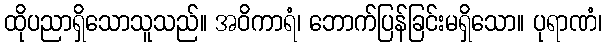
ထိုပညာရှိသောသူသည်။ အဝိကာရံ၊ ဘောက်ပြန်ခြင်းမရှိသော။ ပုရာဏံ၊